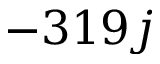
- 3 1 9 j